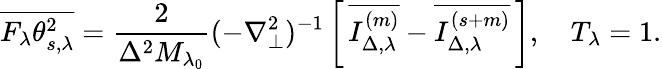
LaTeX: \overline{{F_{\lambda}\theta_{s,\lambda}^{2}}}=\frac{2}{\Delta^{2}M_{\lambda_{0}}}(-\nabla_{\perp}^{2})^{-1}\left[\, \overline{{I_{\Delta,\lambda}^{(m)}}}-\overline{{I_{\Delta,\lambda}^{(s+m)}}}\, \right],\quad T_{\lambda}=1.